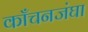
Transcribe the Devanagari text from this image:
काँचनजंघा